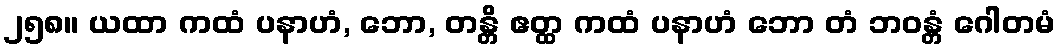
၂၅၈။ ယထာ ကထံ ပနာဟံ, ဘော, တန္တိ ဧတ္ထ ကထံ ပနာဟံ ဘော တံ ဘဝန္တံ ဂေါတမံ